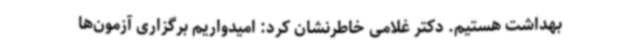
بهداشت هستیم. دکتر غلامی خاطرنشان کرد: امیدواریم برگزاری آزمون‌ها